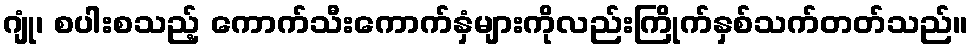
ဂျုံ၊ စပါးစသည့် ကောက်သီးကောက်နှံများကိုလည်းကြိုက်နှစ်သက်တတ်သည်။